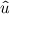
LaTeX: \boldsymbol { \hat { u } }